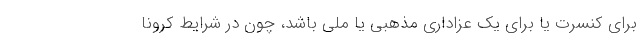
برای کنسرت یا برای یک عزاداری مذهبی یا ملی باشد، چون در شرایط کرونا